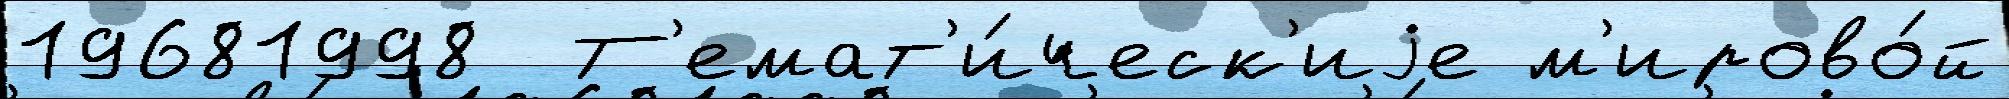
19681998  Т'емат'и́ческ'иjе м'ирово́й